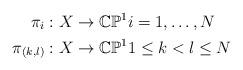
LaTeX: \begin{align*}\pi_{i}: X &\rightarrow \mathbb{CP}^1 i=1, \ldots, N \\\pi_{(k,l)}:X &\rightarrow \mathbb{CP}^1 1 \leq k<l \leq N\end{align*}